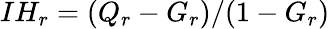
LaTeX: IH_{r}=(Q_{r}-G_{r})/(1-G_{r})